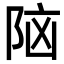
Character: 𮥅